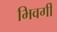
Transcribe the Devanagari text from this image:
भिवर्गी